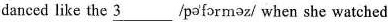
danced like the \underline{3 } /pə·fɔrməz/ when she watched